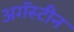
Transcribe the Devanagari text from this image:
अगॅस्टीन